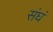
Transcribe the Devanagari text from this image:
संघं